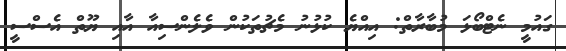
ގައުމީ ނެޓްބޯޅަ މުބާރާތް: އިއްޔެ ކުޅުނު މެޗުތަކުން ވެލެންސިއާ އާއި ޔޫތް އެސްސީ